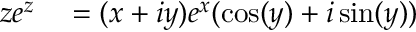
\begin{array} { r l } { z e ^ { z } } & { { } = ( x + i y ) e ^ { x } ( \cos ( y ) + i \sin ( y ) ) } \end{array}